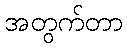
အတွက်တာ